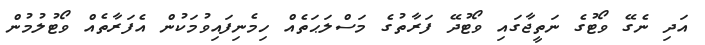
އަދި ނެގޭ ވޯޓުގެ ނަތީޖާގައި ވޯޓުދޭ ފަރާތުގެ މަސްލަޙަތެއް ހިމެނިފައިވުމަކުން އެފަރާތެއް ވޯޓުލުމުން